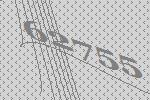
62755